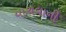
યાચવાની